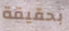
بحقيقة